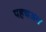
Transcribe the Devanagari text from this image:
पहचअन